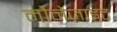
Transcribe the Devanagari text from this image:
मौनेज़ाइट